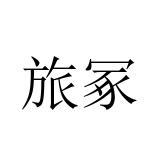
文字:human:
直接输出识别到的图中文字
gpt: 旅冢